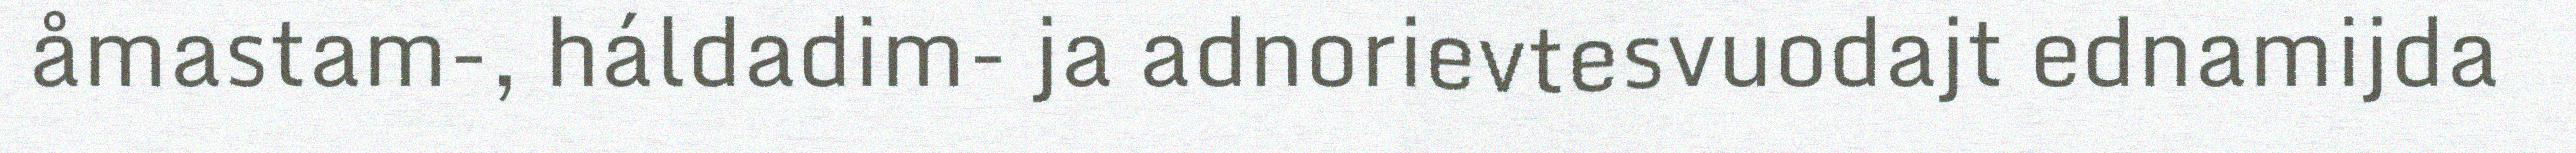
åmastam-, háldadim- ja adnorievtesvuodajt ednamijda